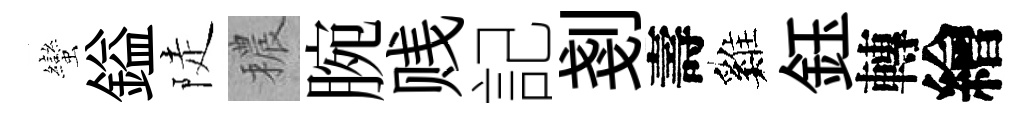
蠻鎰陡穠腕贱記剗壽巍鈺轉繪